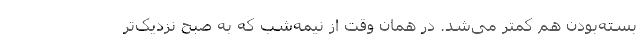
بسته‌بودن هم کمتر می‌شد. در همان وقت از نیمه‌شب که به صبح نزدیک‌تر